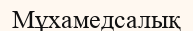
Мұхамедсалық